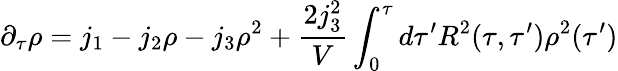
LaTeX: \partial_{\tau}\rho=j_{1}-j_{2}\rho-j_{3}\rho^{2}+\frac{2j_{3}^{2}}{V}\int_{0}^{\tau}d\tau^{\prime}R^{2}(\tau,\tau^{\prime})\rho^{2}(\tau^{\prime})